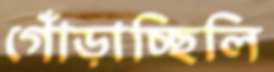
গোঁড়াচ্ছিলি